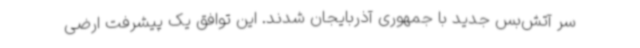
سر آتش‌بس جدید با جمهوری آذربایجان شدند. این توافق یک پیشرفت ارضی